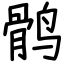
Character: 鹘